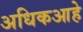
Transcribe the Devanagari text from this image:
अधिकआहे